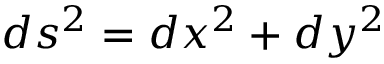
d s ^ { 2 } = d x ^ { 2 } + d y ^ { 2 }